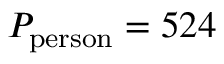
P _ { \mathrm { p e r s o n } } = 5 2 4